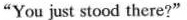
"You just stood there?"